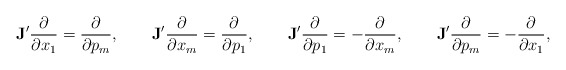
\begin{align*}{\bf J}'\frac{\partial}{\partial x_1}=\frac{\partial}{\partial p_m},\qquad{\bf J}'\frac{\partial}{\partial x_m}=\frac{\partial}{\partial p_1},\qquad{\bf J}'\frac{\partial}{\partial p_1}=-\frac{\partial}{\partial x_m},\qquad{\bf J}'\frac{\partial}{\partial p_m}=-\frac{\partial}{\partial x_1},\qquad\end{align*}